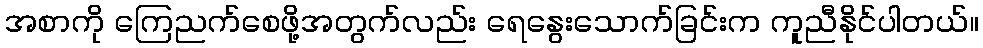
အစာကို ကြေညက်စေဖို့အတွက်လည်း ရေနွေးသောက်ခြင်းက ကူညီနိုင်ပါတယ်။